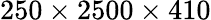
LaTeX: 250\times 2500\times 410